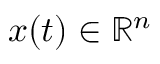
\b { x } ( t ) \in \mathbb { R } ^ { n }